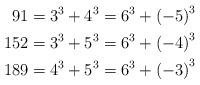
LaTeX: \begin{align*}91 & =3^{3}+4^{3}=6^{3}+\left(-5\right)^{3}\\152 & =3^{3}+5^{3}=6^{3}+\left(-4\right)^{3}\\189 & =4^{3}+5^{3}=6^{3}+\left(-3\right)^{3}\end{align*}